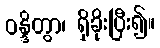
ဝန္ဒိတွာ၊ ရှိခိုးပြီး၍။